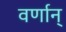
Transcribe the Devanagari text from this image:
वर्णान्